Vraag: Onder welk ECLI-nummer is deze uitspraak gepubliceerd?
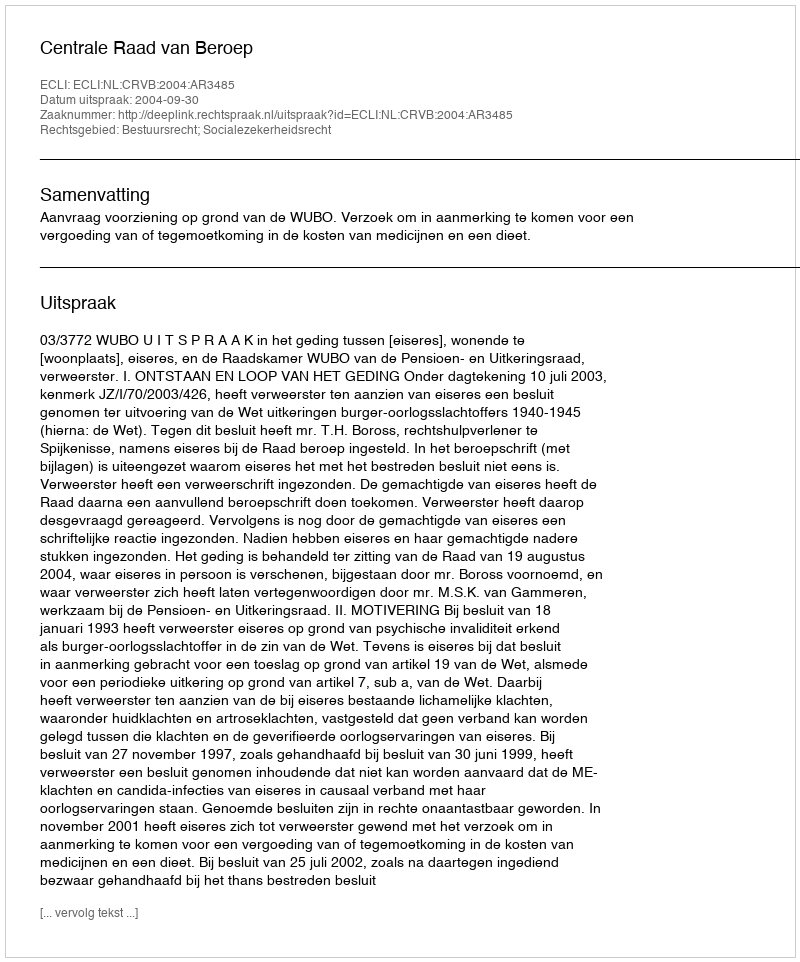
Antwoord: ECLI:NL:CRVB:2004:AR3485